Indian journal of veterinary science and animal husbandry - Volume 12,
Year: 1942
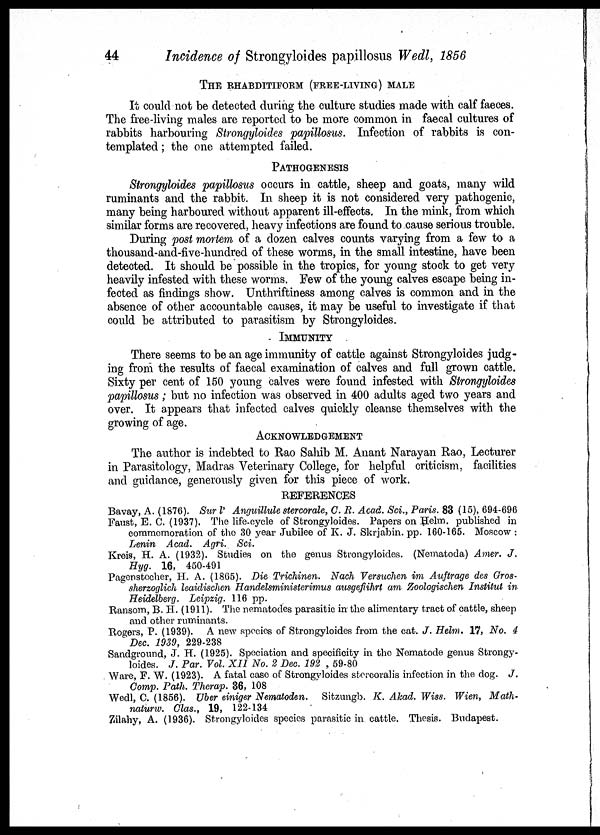
44
Incidence of Strongyloides papillosus Wedl, 1856
THE RHABDITIFORM (FREE-LIVING) MALE
It could not be detected during the culture studies made with calf faeces.
The free-living males are reported to be more common in faecal cultures of
rabbits harbouring Strongyloides papillosus. Infection of rabbits is con-
templated ; the one attempted failed.
PATHOGENESIS
Strongyloides papillosus occurs in cattle, sheep and goats, many wild
ruminants and the rabbit. In sheep it is not considered very pathogenic,
many being harboured without apparent ill-effects. In the mink, from which
similar forms are recovered, heavy infections are found to cause serious trouble.
During post mortem of a dozen calves counts varying from a few to a
thousand-and-five-hundred of these worms, in the small intestine, have been
detected. It should be possible in the tropics, for young stock to get very
heavily infested with these worms. Few of the young calves escape being in-
fected as findings show. Unthriftiness among calves is common and in the
absence of other accountable causes, it may be useful to investigate if that
could be attributed to parasitism by Strongyloides.
IMMUNITY
There seems to be an age immunity of cattle against Strongyloides judg-
ing from the results of faecal examination of calves and full grown cattle.
Sixty per cent of 150 young calves were found infested with Strongyloides
papillosus; but no infection was observed in 400 adults aged two years and
over. It appears that infected calves quickly cleanse themselves with the
growing of age.
ACKNOWLEDGEMENT
The author is indebted to Rao Sahib M. Anant Narayan Rao, Lecturer
in Parasitology, Madras Veterinary College, for helpful criticism, facilities
and guidance, generously given for this piece of work.
REFERENCES
Bavay, A. (1876). Sur l' Anguillule stercorale, C. R. Acad. Sci., Paris. 83 (15), 694-696
Faust, E. C. (1937). The life-cycle of Strongyloides. Papers on Helm. published in
commemoration of the 30 year Jubilee of K. J. Skrjabin. pp. 160-165. Moscow :
Lenin Acad. Agri.
Sci.
Kreis, H. A. (1932). Studies on the genus Strongyloides. (Nematoda) Amer. J.
Hyg. 16, 450-491
Pagenstecher, H. A. (1865). Die Trichinen.
Nach Versuchen im Auftrage des Gros¬
sherzoglich leaidischen Handelsministerimus ausgefiihrt am Zoologischen Institut in
Heidelberg. Leipzig. 116 pp.
Ransom, B. H. (1911). The nematodes parasitic in the alimentary tract of cattle, sheep
and other ruminants.
Rogers, P. (1939). A new species of Strongyloides from the cat. J. Helm. 17, No. 4
Dec. 1939, 229-238
Sandground, J. H. (1925). Speciation and specificity in the Nematode genus Strongy-
loides. J. Par. Vol. XII No. 2 Dec. 192 .59-80
Ware, F. W. (1923). A fatal case of Strongyloides stercoralis infection in the dog. J.
Comp. Path. Therap. 36, 108
Wedl, C. (1856). Uber einiger Nematoden.
Sitzungb. K. Akad. Wiss. Wien, Math-
naturw. Clas., 19, 122-134
Zilahy, A. (1936). Strongyloides species parasitic in cattle. Thesis. Budapest.